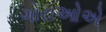
ગોરાઓએ